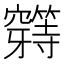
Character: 𰩟